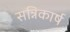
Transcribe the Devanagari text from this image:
सन्निकार्ष